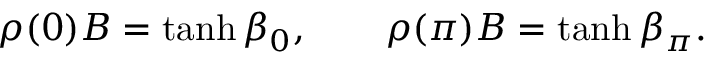
\rho ( 0 ) B = \operatorname { t a n h } \beta _ { 0 } , \qquad \rho ( \pi ) B = \operatorname { t a n h } \beta _ { \pi } .